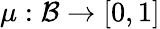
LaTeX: \mu:{\mathcal{B}}\rightarrow[0,1]